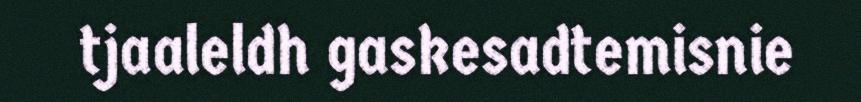
tjaaleldh gaskesadtemisnie